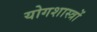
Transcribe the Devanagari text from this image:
योगशास्त्रों